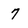
Character: 7